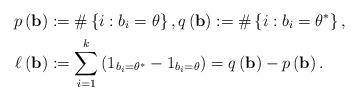
LaTeX: \begin{align*}p\left( \mathbf{b}\right) & :=\#\left\{ i:b_{i}=\theta\right\} ,\text{}q\left( \mathbf{b}\right) :=\#\left\{ i:b_{i}=\theta^{\ast}\right\},\\\ell\left( \mathbf{b}\right) & :=\sum_{i=1}^{k}\left( 1_{b_{i}=\theta^{\ast}}-1_{b_{i}=\theta}\right) =q\left( \mathbf{b}\right)-p\left( \mathbf{b}\right) . \end{align*}